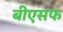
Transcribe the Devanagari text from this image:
बीएसफ